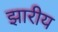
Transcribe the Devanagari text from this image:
झारीय